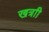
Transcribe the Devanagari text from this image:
खत्राी